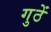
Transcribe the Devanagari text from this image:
गुठें